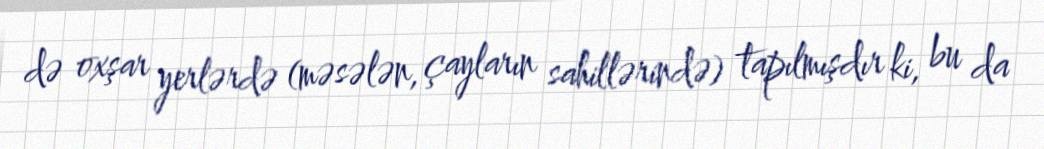
də oxşar yerlərdə (məsələn, çayların sahillərində) tapılmışdır ki, bu da